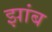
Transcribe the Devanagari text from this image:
झांब